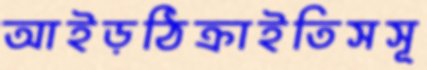
আইড়ঠিক্‌রাইতিসসূ